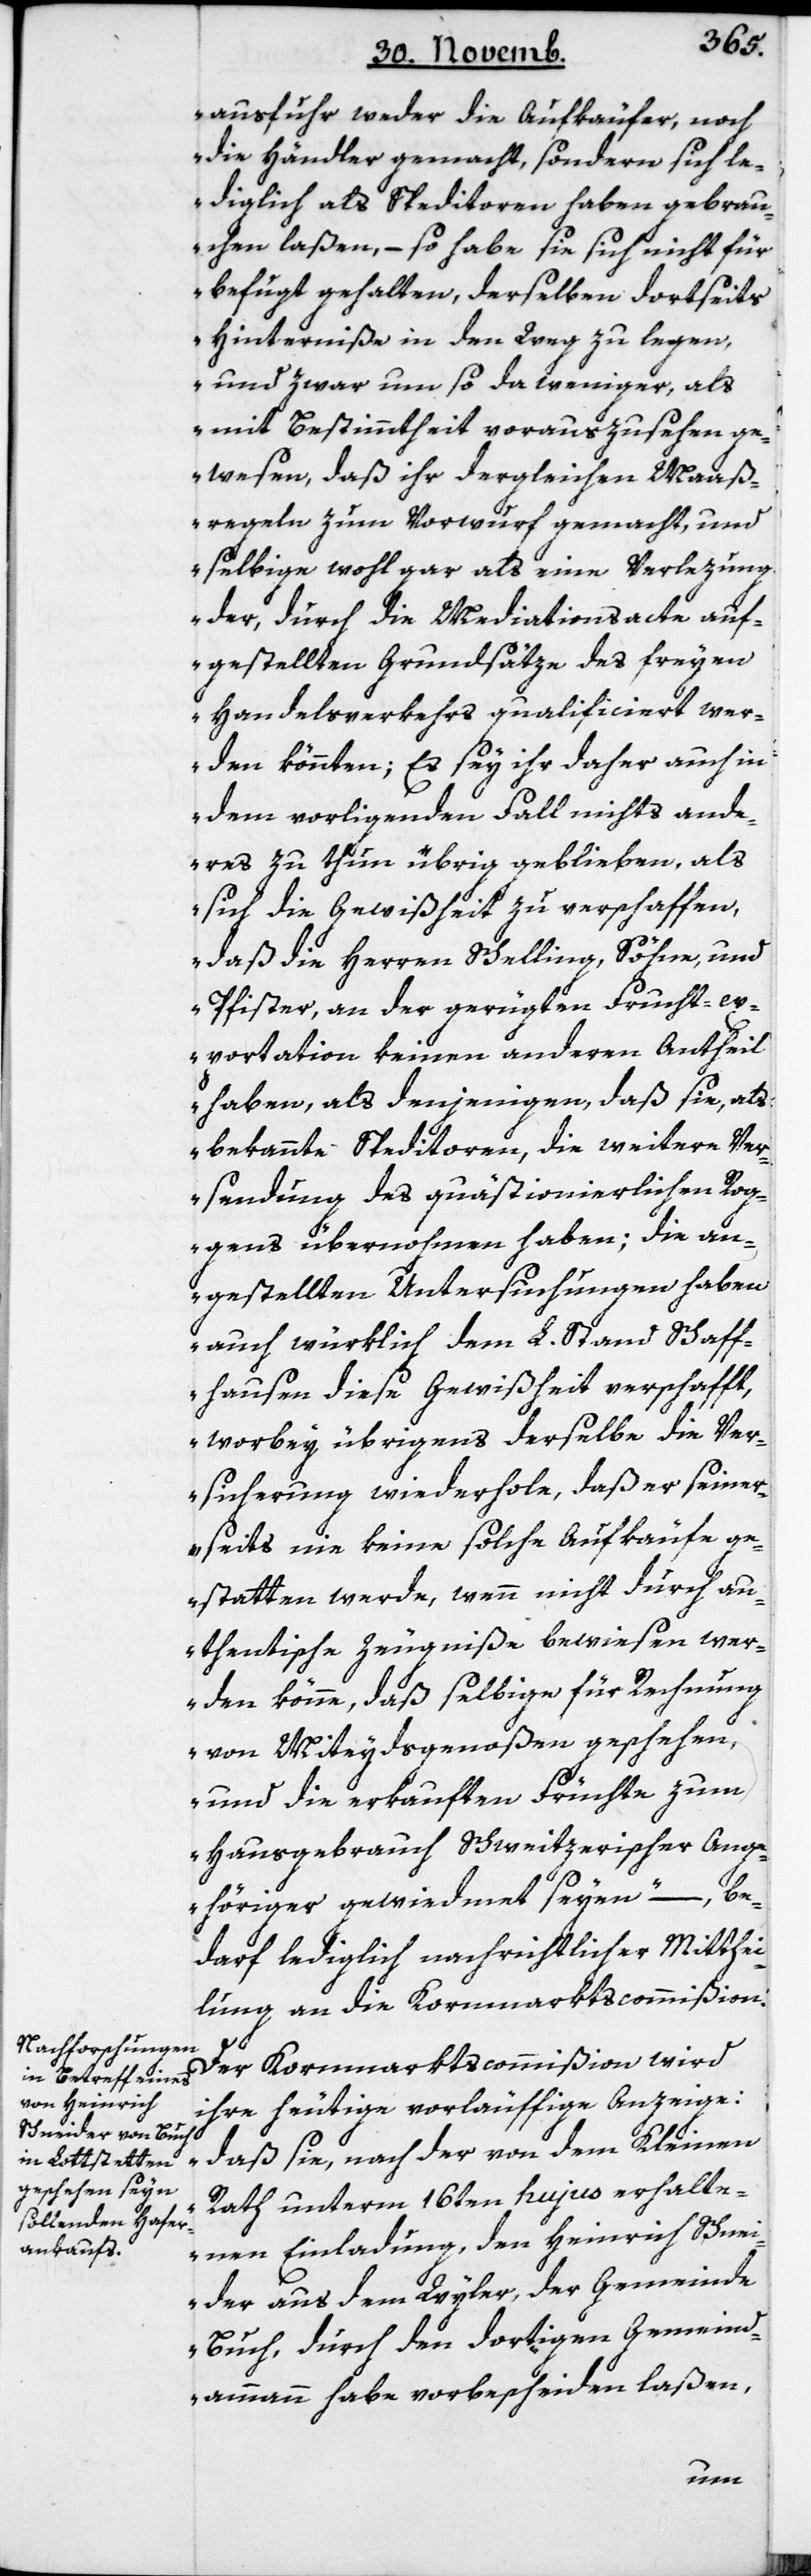
ausfuhr weder die Aufkäufer, noch
die Händler gemacht, sondern sich le¬
diglich als Speditoren haben gebrau¬
chen laßen, – so habe sie sich nicht für
befugt gehalten, derselben dortseits
Hinterniße in den Weg zu legen,
und zwar um so da weniger, als
mit Bestimmtheit vorauszusehen ge¬
wesen, daß ihr dergleichen Maaß¬
regeln zum Vorwurf gemacht, und
selbige wohl gar als eine Verlezung
der, durch die Mediationsacte auf¬
gestellten Grundsätze des freyen
Handelsverkehrs qualificiert wer¬
den könnten; Es sey ihr daher auch in
dem vorliegenden Fall nichts and¬
eres zu thun übrig geblieben, als
sich die Gewißheit zu verschaffen,
daß die Herren Schelling Söhne und
Pfister, an der gerügten Frucht-ex¬
portation keinen anderen Antheil
haben, als denjenigen, daß sie, als
bekannte Speditoren, die weitere Ver¬
sendung des quästionierlichen Rog¬
gens übernommen haben; die an¬
gestellten Untersuchungen haben
auch würklich dem L. Stand Schaff¬
hausen diese Gewißheit verschafft,
worbey übrigens derselbe die Ver¬
sicherung wiederhole, daß er seiner¬
seits nie keine solche Aufkäufe ge¬
statten werde, wenn nicht durch au¬
thentische Zeugniße bewiesen wer¬
den könne, daß selbige für Rechnung
von Miteydsgenoßen geschehen
und die erkauften Früchte zum
Hausgebrauch Schweitzerischer Ange¬
höriger gewiedmet seyen“ – be¬
darf lediglich nachrichtlicher Mitthei¬
lung an die Kornmarktscommißion.
Der Kornmarkt-Commißion wird
ihre heutige vorläuffige Anzeige:
„daß sie, nach der von dem Kleinen
Rath unterm 16ten hujus erhalte¬
nen Einladung, den Heinrich Schnei¬
der aus dem Wyler, der Gemeinde
Buch, durch den dortigen Gemeind¬
ammann habe vorbescheiden laßen,